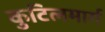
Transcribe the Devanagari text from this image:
कुटिलमार्ग